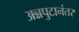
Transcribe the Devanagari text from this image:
अन्नपुटानंतर